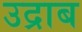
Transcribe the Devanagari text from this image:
उद्राब